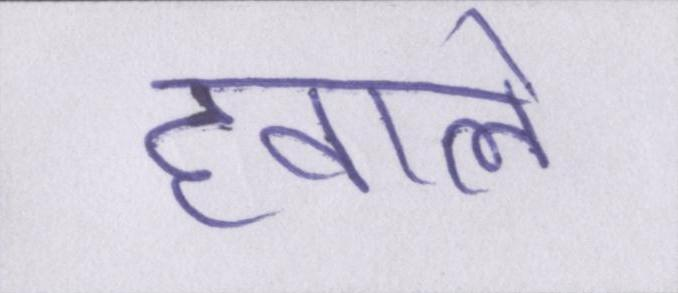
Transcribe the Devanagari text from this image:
हवाले